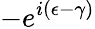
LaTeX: -e^{i(\epsilon-\gamma)}